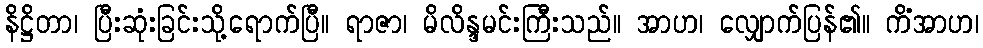
နိဋ္ဌိတာ၊ ပြီးဆုံးခြင်းသို့ရောက်ပြီ။ ရာဇာ၊ မိလိန္ဒမင်းကြီးသည်။ အာဟ၊ လျှောက်ပြန်၏။ ကိံအာဟ၊